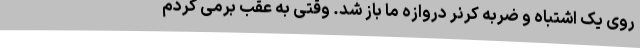
روی یک اشتباه و ضربه کرنر دروازه ما باز شد. وقتی به عقب برمی گردم